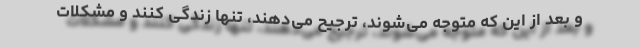
و بعد از این که متوجه می‌شوند، ترجیح می‌دهند، تنها زندگی کنند و مشکلات